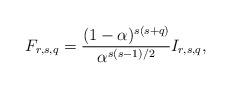
LaTeX: \begin{align*}F_{r,s,q}=\frac{(1-\alpha)^{s(s+q)}}{\alpha^{s(s-1)/2}}I_{r,s,q},\end{align*}